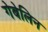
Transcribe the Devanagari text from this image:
गेबेलिन